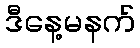
ဒီနေ့မနက်